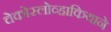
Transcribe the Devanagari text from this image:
चेकोस्लोव्हाकियाने